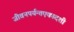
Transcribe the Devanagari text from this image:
जीवनपर्यन्तएकादशी